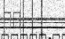
٣٧